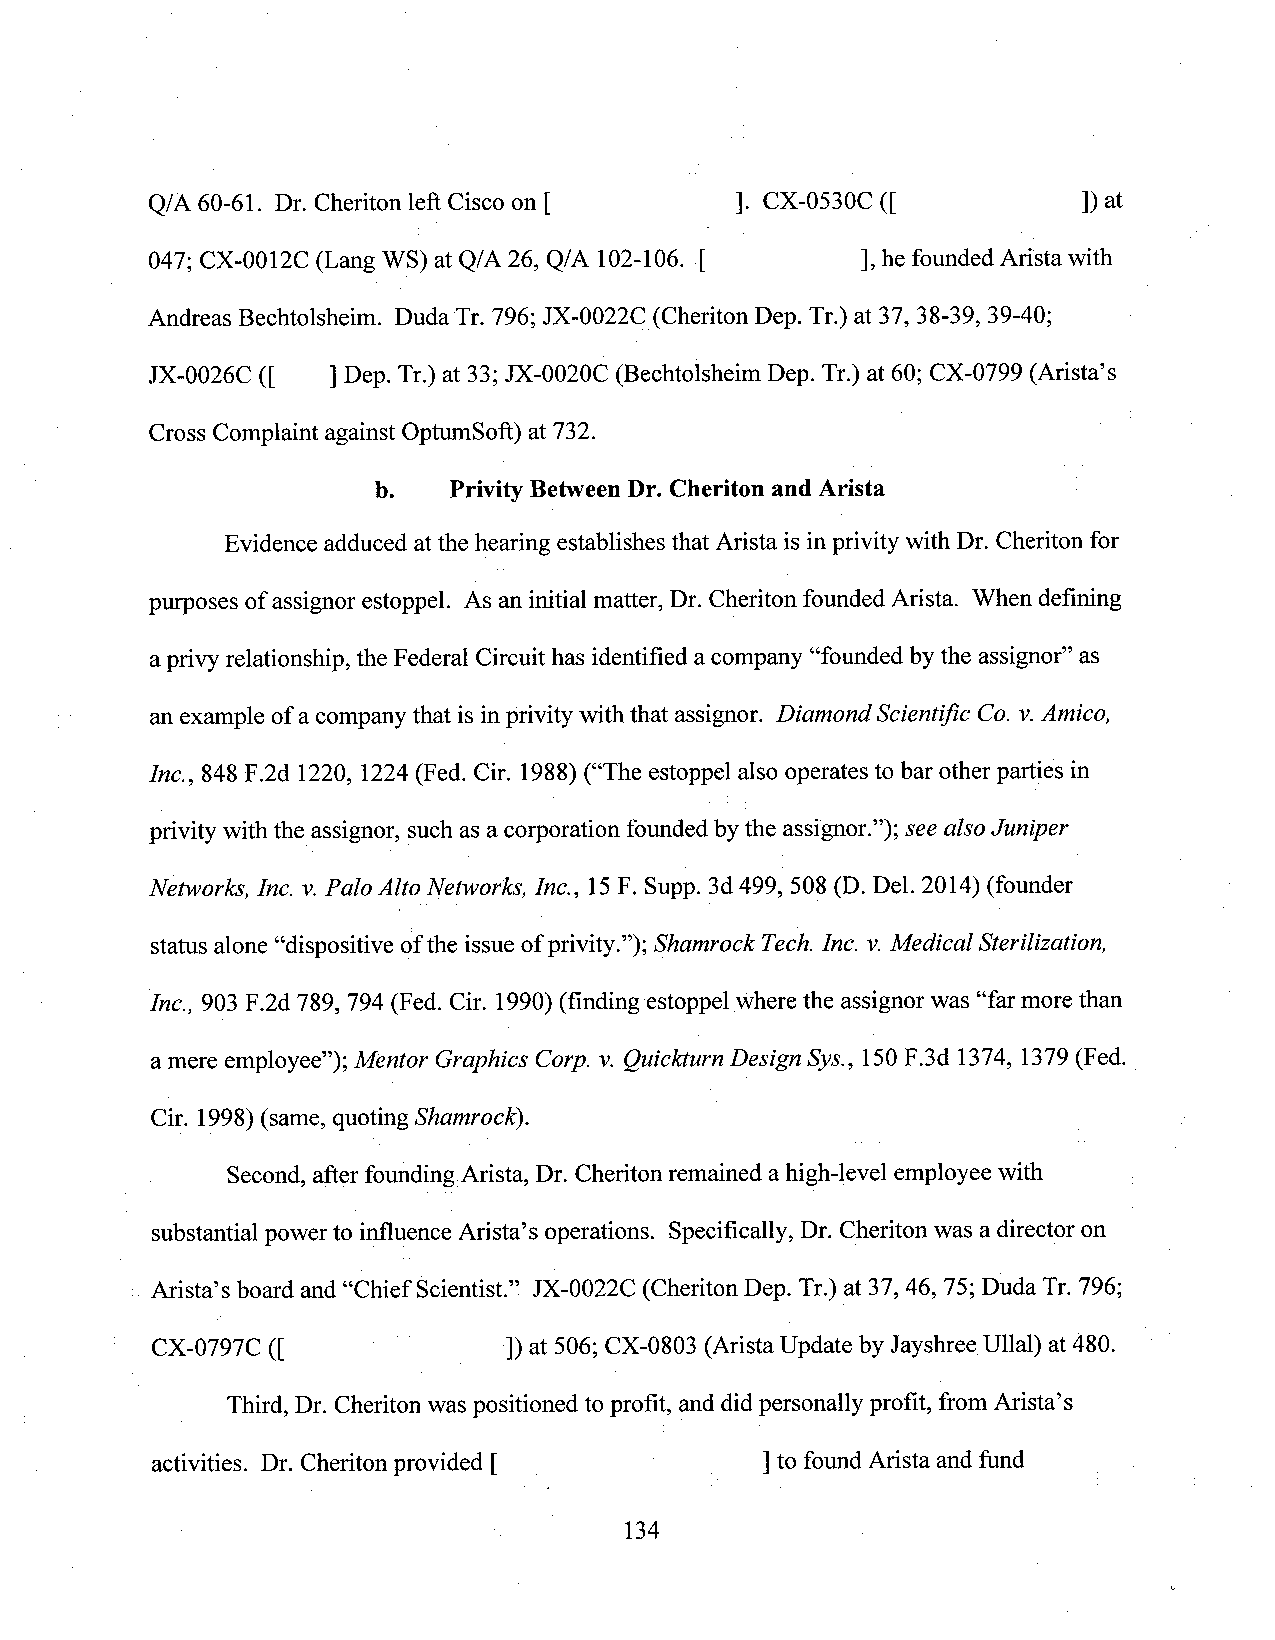
Q/A 60-61. Dr. Cheriton left Cisco on [ ]. CX-0530C ([        ]) at
 047; CX-0012C (Lang WS) at Q/A 26, Q/A 102-106. [ ], he founded Arista with
 Andreas Bechtolsheim. Duda Tr. 796; JX-0022C (Cheriton Dep. Tr.) at 37, 38-39, 39-40;
 JX-0026C ([ ]Dep. Tr.) at 33; JX-0020C (Bechtolsheim Dep. Tr.) at 60; CX-0799 (Arista’s
 Cross Complaint against Optu1nSoft)at 732.
 b.   Privity BetweenDr. Cheriton and Arista
 Evidence adduced atthe hearing establishes that Arista is inprivity with Dr. Cheriton for
 purposes ofassignor estoppel. As an initial matter, Dr. Cheriton foundedArista. When defining
 aprivy relationship, the Federal Circuit has identified acompany “founded by the assignor” as
 an example of a company that is inprivity with that assignor. Diamond Scientific C0. v.Amico,
 Ina, 848 F.2d 1220, 1224 (Fed. Cir. 1988) (“The estoppel also operates to bar other parties in
 privity withthe assignor, suchasa corporation foundedbythe assignon”); see also Juniper
 Networks, Inc. v.Palo Alto Networks, Inc., 15F. Supp. 3d 499, 508 (D. Del. 2014) (fotmder
 status alone “dispositive ofthe issue of privity.”); Shamrock Tech.Inc. v.Medical Sterilization,
 [nc., 903 F.2d 789, 794 (Fed. Cir. 1990)(findingestoppcl where the assignor was “farmore than
 amere employee”); Mentor Graphics Corp. v. Quickturn Design Sys., 150F.3d 1374, 1379 (Fed.
 Cir. 1998)(same, quoting Shamrock).
 .    Second, after founding Arista, Dr. Cheriton remained a high-level employee with
 substantial power to influence Arista’s operations. Specifically, Dr. Cheriton was a director on
 Arista’s board and “Chief Scientist.” JX-0022C (Cheriton Dep. Tr.) at 37, 46, 75; Duda Tr. 796;
 CX-0797C ([             ]) at 506; CX-0803 (Arista Update by Jayshree Ullal) at 480.
 Third, Dr. Cheriton was positioned to profit, anddidpersonally profit, from Arista’s
 activities. Dr. Cheriton provided [ ’    ] to found Arista and fund
 134